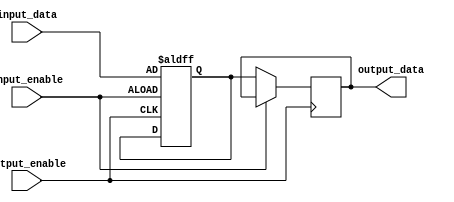
module io_compensated_buffer (
    input wire input_data,
    input wire input_enable,
    output wire output_data,
    input wire output_enable
);

reg buffer_data;

always @ (posedge input_enable or posedge output_enable)
begin
    if (input_enable)
        buffer_data <= input_data;
    else if (output_enable)
        output_data <= buffer_data;
end

endmodule